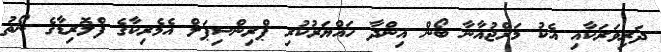
ދަރިވަރަކާއި އެކު މަރްޖުއާނާ ބޯން އިންދާ ހައްޔަރުކުރި ޕްރިންސިޕަލް އެމެރިކާގެ ފްލޮރިޑާގެ ނޯތު